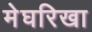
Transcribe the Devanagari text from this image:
मेघरिखा